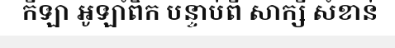
កីឡា អូឡាំពិក បន្ទាប់ពី សាក្សី សំខាន់